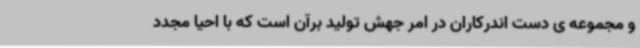
و مجموعه ی دست اندرکاران در امر جهش تولید برآن است که با احیا مجدد